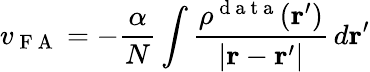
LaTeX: v_{\mathrm{~F~A~}}=-\frac{\alpha}{N}\int\frac{\rho^{\mathrm{~d~a~t~a~}}(\boldsymbol{\textbf{r}}^{\prime})}{|\boldsymbol{\textbf{r}}-\boldsymbol{\textbf{r}}^{\prime}|}\, d\boldsymbol{\textbf{r}}^{\prime}